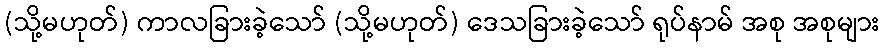
(သို့မဟုတ်) ကာလခြားခဲ့သော် (သို့မဟုတ်) ဒေသခြားခဲ့သော် ရုပ်နာမ် အစု အစုများ